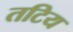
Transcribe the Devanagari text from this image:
तटिय